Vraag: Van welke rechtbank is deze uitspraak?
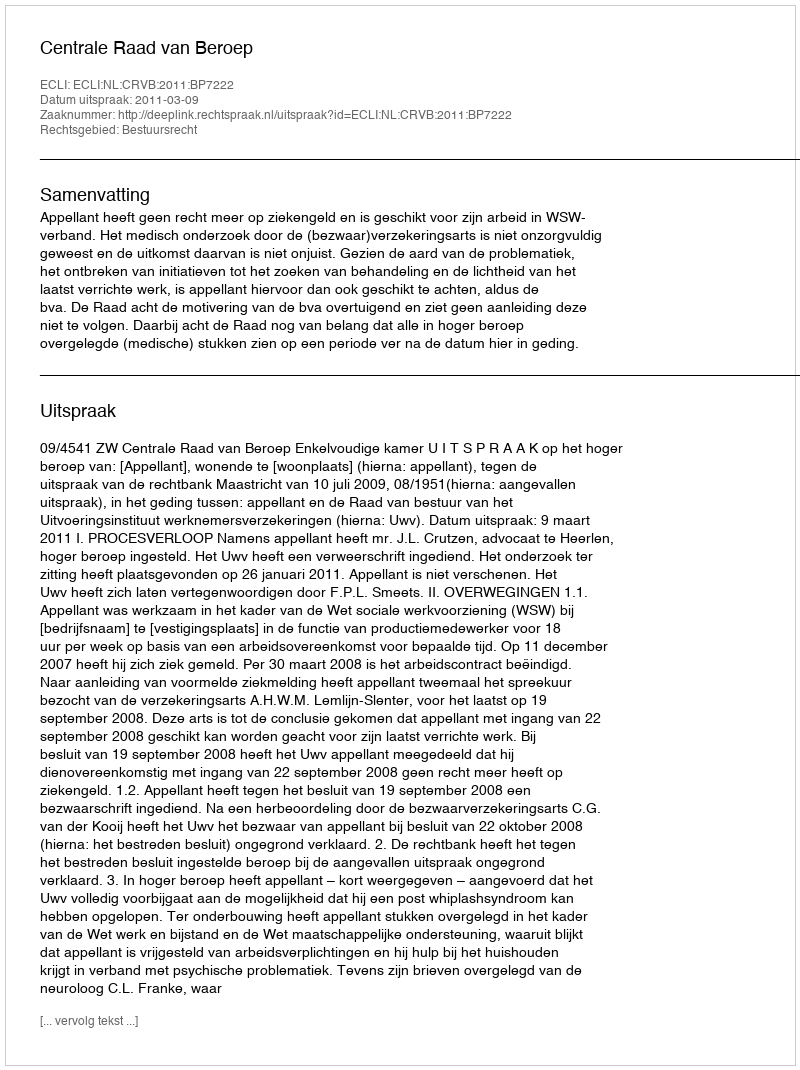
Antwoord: Centrale Raad van Beroep